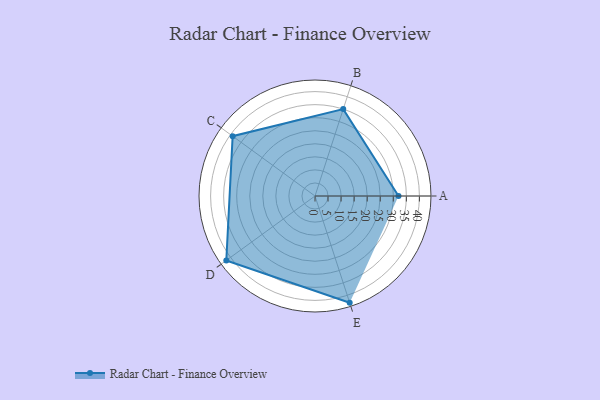
{"axis": {"x": "Skill", "y": "Score"}, "legend": ["Profile"], "data": [{"x": "A", "y": 32.0, "type": "Profile"}, {"x": "B", "y": 35.0, "type": "Profile"}, {"x": "C", "y": 39.0, "type": "Profile"}, {"x": "D", "y": 42.0, "type": "Profile"}, {"x": "E", "y": 43.0, "type": "Profile"}]}